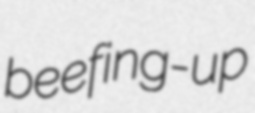
beefing-up